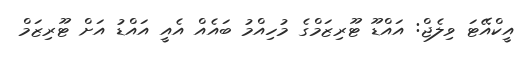
އީކްއޭޓަ ވިލެޖް: އައްޑޫ ޓޫރިޒަމްގެ މުހިއްމު ބައެއް އެއީ އައްޑު އަށް ޓޫރިޒަމް